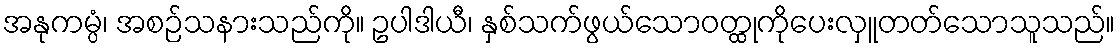
အနုကမ္ပံ၊ အစဉ်သနားသည်ကို။ ဥပါဒါယီ၊ နှစ်သက်ဖွယ်သောဝတ္ထုကိုပေးလှူတတ်သောသူသည်။